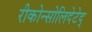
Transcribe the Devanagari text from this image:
रीकोन्सोलिदेटेद्